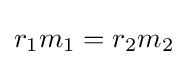
r_{1}m_{1}=r_{2}m_{2}